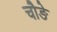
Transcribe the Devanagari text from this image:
चौङे